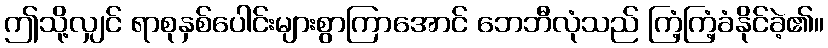
ဤသို့လျှင် ရာစုနှစ်ပေါင်းများစွာကြာအောင် ဘေဘီလုံသည် ကြံ့ကြံ့ခံနိုင်ခဲ့၏။